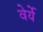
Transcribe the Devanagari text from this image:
वेर्ये